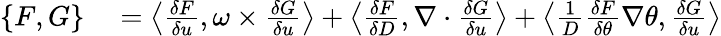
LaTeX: \begin{array}{rl}{\{ F,G\} }&{{}=\left\langle\frac{\delta F}{\delta u},\omega\times\frac{\delta G}{\delta u}\right\rangle+\left\langle\frac{\delta F}{\delta D},\nabla\cdot\frac{\delta G}{\delta u}\right\rangle+\left\langle\frac{1}{D}\frac{\delta F}{\delta\theta}\nabla\theta,\frac{\delta G}{\delta u}\right\rangle}\end{array}